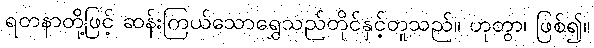
ရတနာတို့ဖြင့် ဆန်းကြယ်သောရွှေသည်တိုင်နှင့်တူသည်။ ဟုတွာ၊ ဖြစ်၍။